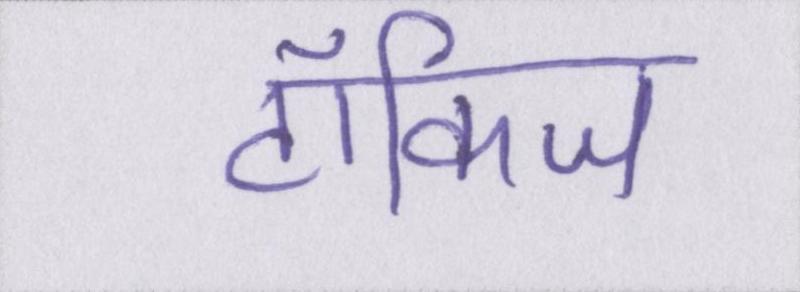
टॉकिज